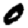
Digit: 0